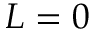
L = 0